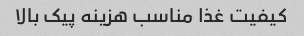
کیفیت غذا مناسب هزینه پیک بالا